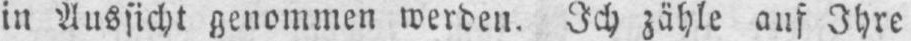
in Aussicht genommen werden. Ich zähle auf Ihre